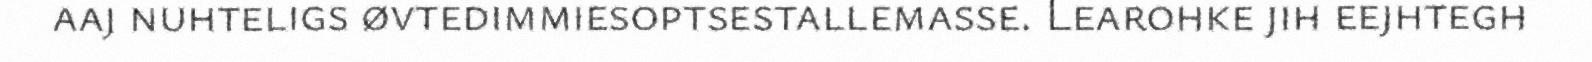
aaj nuhteligs øvtedimmiesoptsestallemasse. Learohke jih eejhtegh